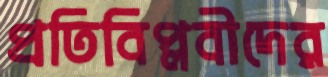
প্রতিবিপ্লবীদের